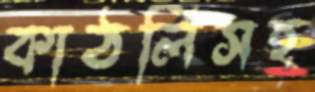
কাঠলিসহ